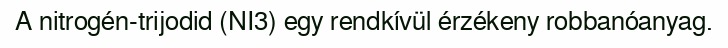
A nitrogén-trijodid (NI3) egy rendkívül érzékeny robbanóanyag.